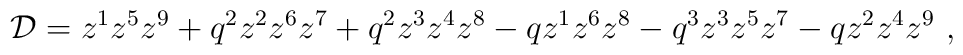
{\cal D} = z^1z^5z^9 + q^2 z^2z^6z^7 + q^2 z^3z^4z^8 - q z^1z^6z^8 -              q^3 z^3z^5z^7 - q z^2z^4z^9 \ ,